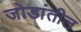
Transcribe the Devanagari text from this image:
जोडांतील